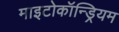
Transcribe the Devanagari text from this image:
माइटोकॉन्ड्रियम